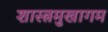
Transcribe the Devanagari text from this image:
शास्त्रमुखागम